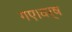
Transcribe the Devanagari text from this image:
गए।वर्ष